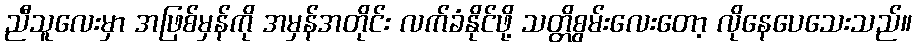
ညီသူလေးမှာ အဖြစ်မှန်ကို အမှန်အတိုင်း လက်ခံနိုင်ဖို့ သတ္တိစွမ်းလေးတော့ လိုနေပေသေးသည်။